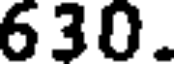
630.